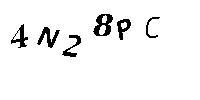
4N28PC